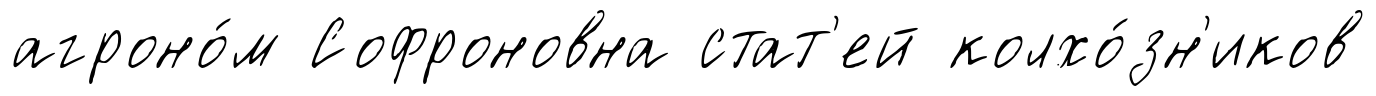
агроно́м Софроновна стат'ей колхо́зн'иков